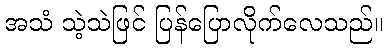
အသံ သဲ့သဲဖြင် ပြန်ပြောလိုက်လေသည်။